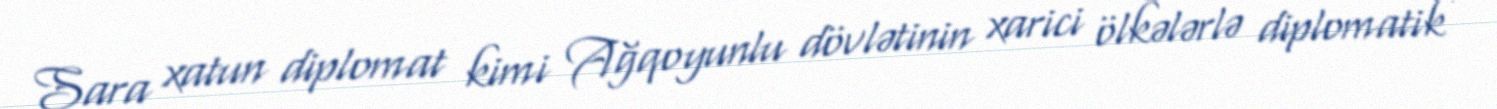
Sara xatun diplomat kimi Ağqoyunlu dövlətinin xarici ölkələrlə diplomatik